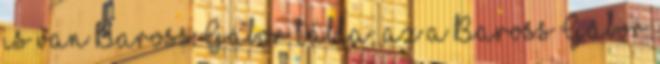
is van Baross Gábor tábla: az a Baross Gábor